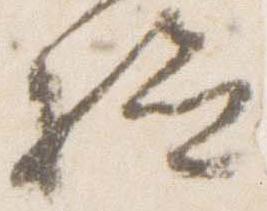
給